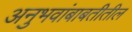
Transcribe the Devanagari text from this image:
अनुभवांबाबतीतील